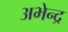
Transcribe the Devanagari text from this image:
अभेन्द्र